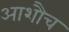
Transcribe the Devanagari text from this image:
आशौच